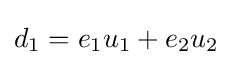
d_{1}=e_{1}u_{1}+e_{2}u_{2}